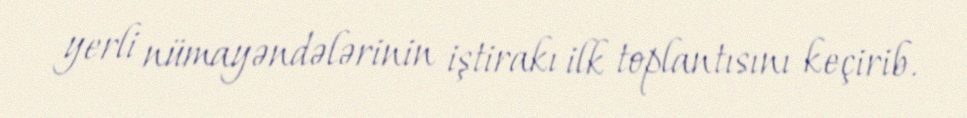
yerli nümayəndələrinin iştirakı ilk toplantısını keçirib.